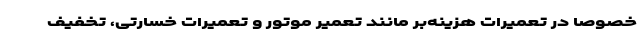
خصوصا در تعمیرات هزینه‌بر مانند تعمیر موتور و تعمیرات خسارتی، تخفیف